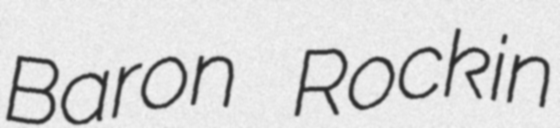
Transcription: Baron Rockin